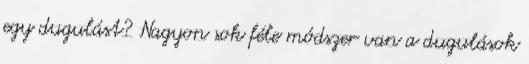
egy dugulást? Nagyon sok féle módszer van a dugulások